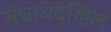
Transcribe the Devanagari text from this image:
संघाचेदेखिल